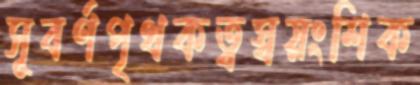
সূবর্ণপৃথকত্বস্বয়ংশিক